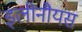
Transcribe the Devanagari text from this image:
इलीनौयस